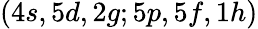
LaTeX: (4s,5d,2g;5p,5f,1h)